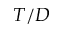
T / D